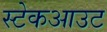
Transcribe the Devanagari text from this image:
स्टेकआउट